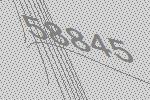
58845